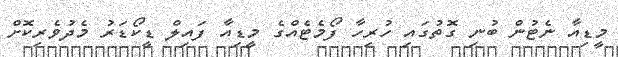
މީޑިއާ ނެޓުން ބުނި ގޮތުގައި ހުރިހާ ފޯމެޓެއްގެ މީޑިއާ ފައިލް ޑީކޯޑަރު މެދުވެރިކޮށް